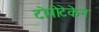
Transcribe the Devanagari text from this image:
टोपोटेकेन